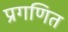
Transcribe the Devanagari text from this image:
प्रगणित